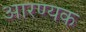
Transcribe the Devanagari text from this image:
आरण्‍यक